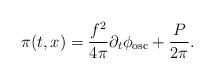
LaTeX: \begin{align*}\pi(t,x) = \frac{f^2}{4{\pi}}{\partial}_{t}{\phi}_{\rm {osc}} + \frac{P}{2{\pi}}.\end{align*}